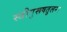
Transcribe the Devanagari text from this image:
स्त्रीपुरूषतुलना